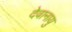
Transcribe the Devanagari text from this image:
देवानायु